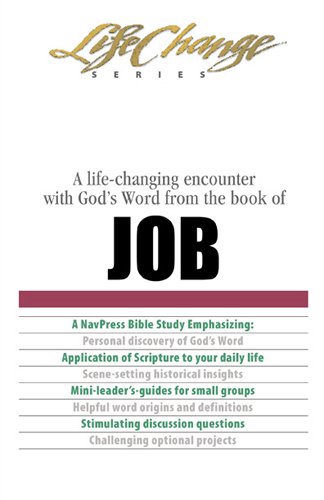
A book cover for Job (LifeChange); Christian Books & Bibles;